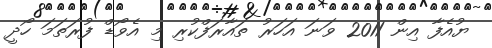
ޔުއެފާ އިން 2011 ވަނަ އަހަރު ތައާރަފްކުރި މި އެވޯޑް ފުރަތަމަ ހޯދީ